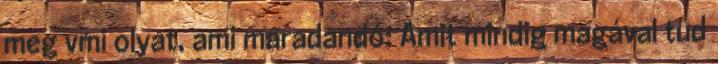
meg vmi olyat, ami maradandó: Amit mindig magával tud